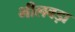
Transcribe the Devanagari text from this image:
भीलवड़ा